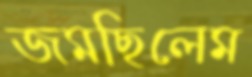
জমছিলেম